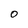
Character: O